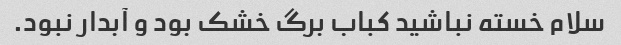
سلام خسته نباشید کباب برگ خشک بود و آبدار نبود.